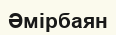
Әмірбаян